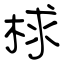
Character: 梂